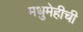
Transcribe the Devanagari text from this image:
मधुमेहीची